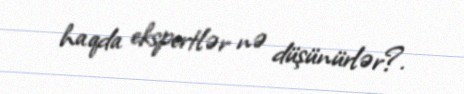
haqda ekspertlər nə düşünürlər?.